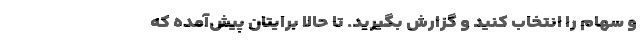
و سهام را انتخاب کنید و گزارش بگیرید. تا حالا برایتان پیش‌آمده که